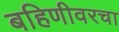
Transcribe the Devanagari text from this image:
बहिणीवरचा